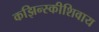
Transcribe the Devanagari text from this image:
कझिन्स्कीशिवाय